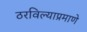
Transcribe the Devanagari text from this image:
ठरविल्याप्रमाणे